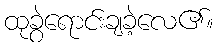
ထုခွဲရောင်းချခဲ့လေ၏။